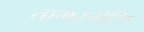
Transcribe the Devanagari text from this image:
तामरत्तोणि